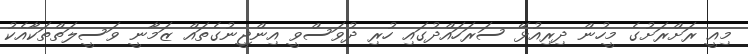
މިއީ ރަށްރަށުގެ މީހުން ދިރިއުޅޭ ސަރަހައްދުގައި ހުރި ދުވަސްވީ އިންޖީނުގެތައް ޒަމާނީ ވަސީލަތްތަކާއެކު